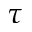
{ \tau }